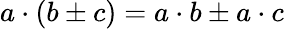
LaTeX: a\cdot\left(b\pm c\right)=a\cdot b\pm a\cdot c